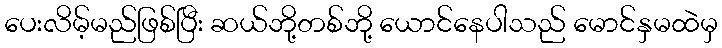
ပေးလိမ့်မည်ဖြစ်ပြီး ဆယ်ဘို့တစ်ဘို့ ယောင်နေပါသည် မောင်နှမထဲမှ